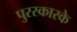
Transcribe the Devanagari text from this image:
पुरस्कारके